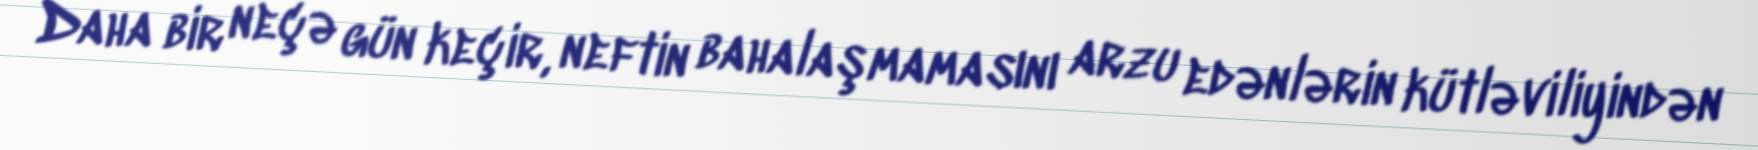
Daha bir neçə gün keçir, neftin bahalaşmamasını arzu edənlərin kütləviliyindən